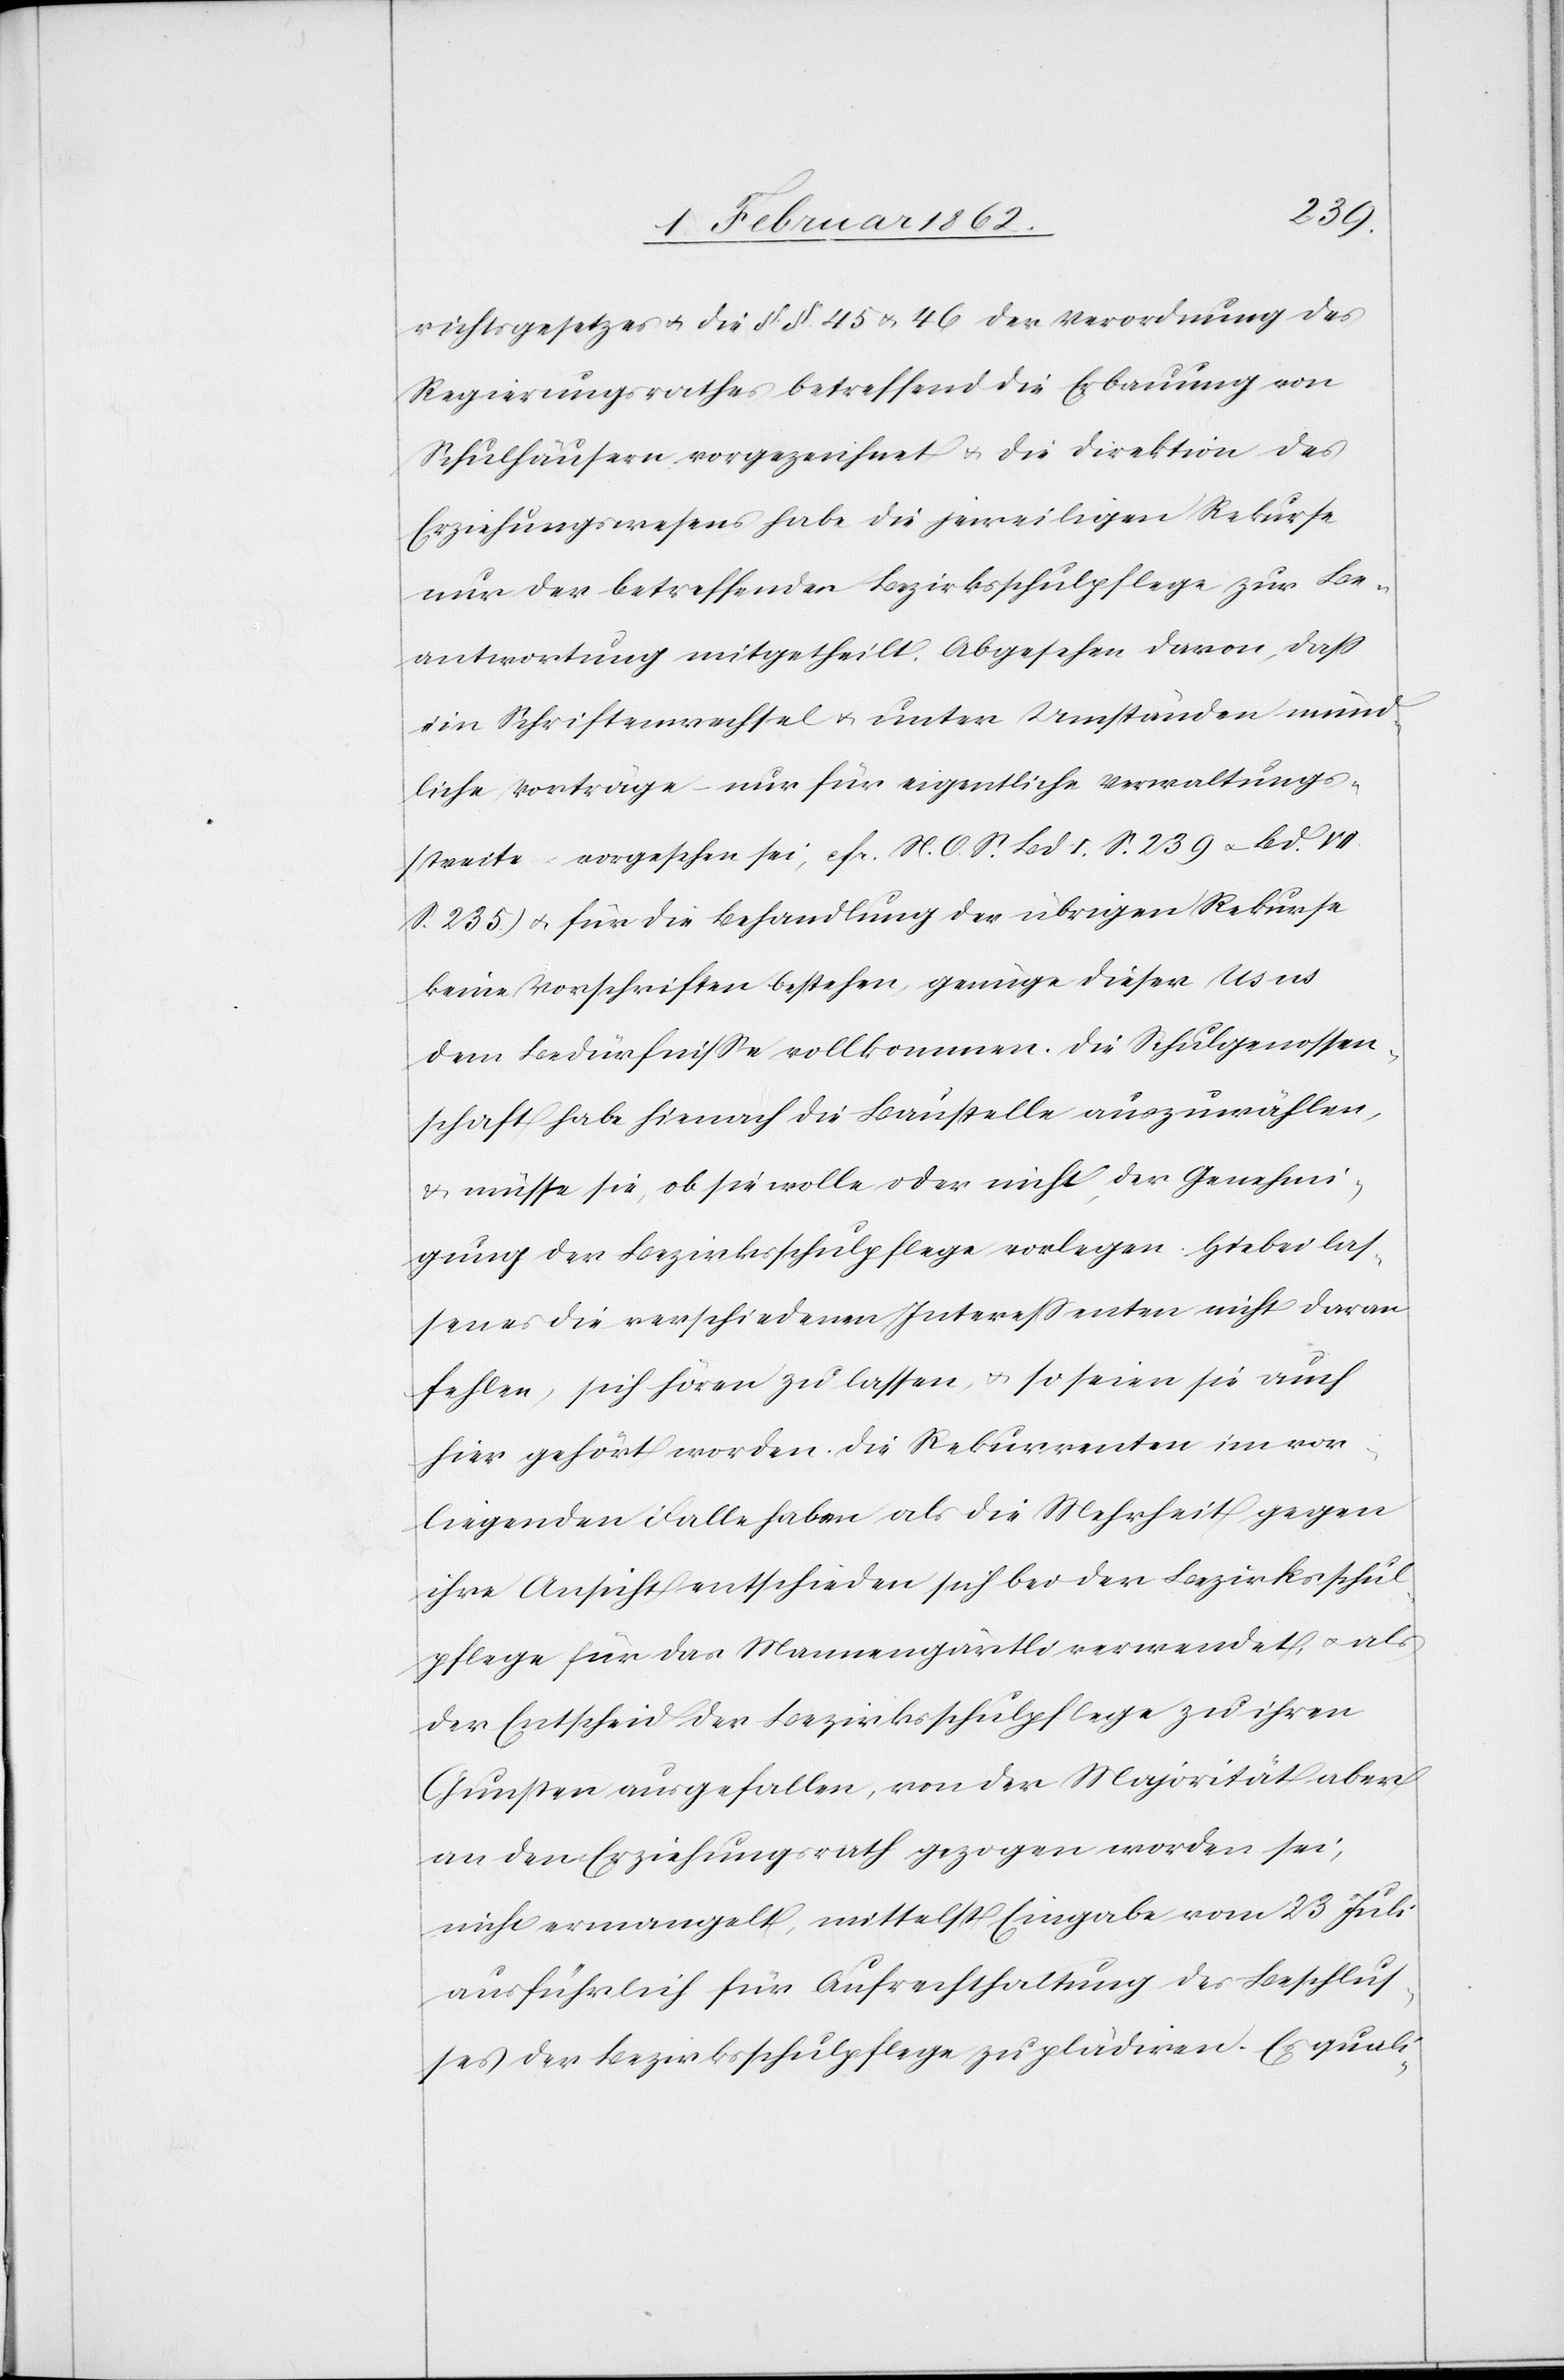
richtsgesetzes u. die §. §. 45 & 46 der Verordnung des
Regierungsrathes betreffend die Erbauung von
Schulhäusern vorgezeichnet u. die Direktion des
Erziehungswesens habe die jeweiligen Rekurse
nur der betreffenden Bezirksschulpflege zur Be¬
antwortung mitgetheilt. Abgesehen davon, daß
ein Schriftenwechsel u. unter Umständen münd¬
liche Vorträge nur für eigentliche Verwaltungs¬
streite vorgesehen sei, (cfr. N. O. S. Bd I. S. 239 u. Bd.
S. 235) u. für die Behandlung der übrigen Rekurse
keine Vorschriften bestehen, genüge dieser Usus
dem Bedürfniße vollkommen. Die Schulgenossen¬
schaft habe hienach die Baustelle auszuwählen,
& müsse sie, ob sie wolle oder nicht, der Genehmi¬
gung der Bezirksschulpflege vorlegen. Hiebei las¬
sen es die verschiedenen Intereßenten nicht daran
fehlen, sich hören zu lassen, u. so seien sie auch
hier gehört worden. Die Rekurrenten im vor¬
liegenden Falle haben als die Mehrheit gegen
ihre Ansicht entschieden sich bei der Bezirksschul¬
pflege für das Mannengärtli verwendet, u. als
der Entscheid der Bezirksschulpflege zu ihren
Gunsten ausgefallen, von der Majorität aber
an den Erziehungsrath gezogen worden sei,
nicht ermangelt, mittelst Eingabe vom 23 Juli
ausführlich für Aufrechthaltung des Beschlus¬
ses der Bezirksschulpflege zu plädiren. Es quali-